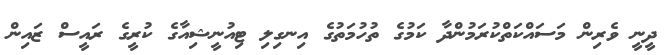
ދީނީ ވެރިން މަސައްކަތްކުރަމުންދާ ކަމުގެ ތުހުމަތުގެ އިނގިލި ޓިއުނީޝިއާގެ ކުރީގެ ރައީސް ޒައިން